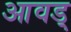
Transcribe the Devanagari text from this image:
आवड्